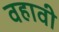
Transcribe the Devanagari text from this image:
वहावी